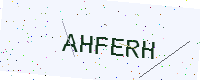
Text: AHFERH